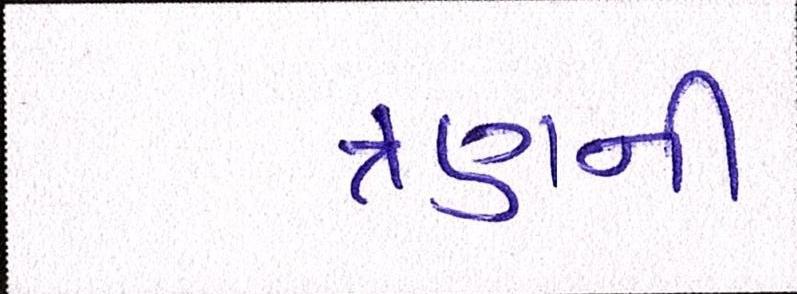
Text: ત્રણની